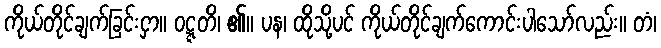
ကိုယ်တိုင်ချက်ခြင်းငှာ။ ဝဋ္ဋတိ၊ ၏။ ပန၊ ထိုသို့ပင် ကိုယ်တိုင်ချက်ကောင်းပါသော်လည်း။ တံ၊